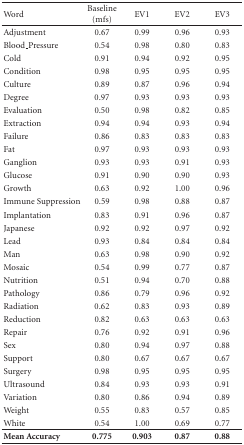
<table><thead><tr><td><b> Word</b></td><td><b>Baseline (mfs)</b></td><td><b>EV1</b></td><td><b>EV2</b></td><td><b>EV3</b></td></tr></thead><tbody><tr><td>Adjustment</td><td>0.67</td><td>0.99</td><td>0.96</td><td>0.93</td></tr><tr><td>Blood_Pressure</td><td>0.54</td><td>0.98</td><td>0.80</td><td>0.83</td></tr><tr><td>Cold</td><td>0.91</td><td>0.94</td><td>0.92</td><td>0.95</td></tr><tr><td>Condition</td><td>0.98</td><td>0.95</td><td>0.95</td><td>0.95</td></tr><tr><td>Culture</td><td>0.89</td><td>0.87</td><td>0.96</td><td>0.94</td></tr><tr><td>Degree</td><td>0.97</td><td>0.93</td><td>0.93</td><td>0.93</td></tr><tr><td>Evaluation</td><td>0.50</td><td>0.98</td><td>0.82</td><td>0.85</td></tr><tr><td>Extraction</td><td>0.94</td><td>0.94</td><td>0.93</td><td>0.94</td></tr><tr><td>Failure</td><td>0.86</td><td>0.83</td><td>0.83</td><td>0.83</td></tr><tr><td>Fat</td><td>0.97</td><td>0.93</td><td>0.93</td><td>0.93</td></tr><tr><td>Ganglion</td><td>0.93</td><td>0.93</td><td>0.91</td><td>0.93</td></tr><tr><td>Glucose</td><td>0.91</td><td>0.90</td><td>0.90</td><td>0.93</td></tr><tr><td>Growth</td><td>0.63</td><td>0.92</td><td>1.00</td><td>0.96</td></tr><tr><td>Immune Suppression</td><td>0.59</td><td>0.98</td><td>0.88</td><td>0.87</td></tr><tr><td>Implantation</td><td>0.83</td><td>0.91</td><td>0.96</td><td>0.87</td></tr><tr><td>Japanese</td><td>0.92</td><td>0.92</td><td>0.97</td><td>0.92</td></tr><tr><td>Lead</td><td>0.93</td><td>0.84</td><td>0.84</td><td>0.84</td></tr><tr><td>Man</td><td>0.63</td><td>0.98</td><td>0.90</td><td>0.92</td></tr><tr><td>Mosaic</td><td>0.54</td><td>0.99</td><td>0.77</td><td>0.87</td></tr><tr><td>Nutrition</td><td>0.51</td><td>0.94</td><td>0.70</td><td>0.88</td></tr><tr><td>Pathology</td><td>0.86</td><td>0.79</td><td>0.96</td><td>0.92</td></tr><tr><td>Radiation</td><td>0.62</td><td>0.83</td><td>0.93</td><td>0.89</td></tr><tr><td>Reduction</td><td>0.82</td><td>0.63</td><td>0.63</td><td>0.63</td></tr><tr><td>Repair</td><td>0.76</td><td>0.92</td><td>0.91</td><td>0.96</td></tr><tr><td>Sex</td><td>0.80</td><td>0.94</td><td>0.97</td><td>0.88</td></tr><tr><td>Support</td><td>0.80</td><td>0.67</td><td>0.67</td><td>0.67</td></tr><tr><td>Surgery</td><td>0.98</td><td>0.95</td><td>0.95</td><td>0.95</td></tr><tr><td>Ultrasound</td><td>0.84</td><td>0.93</td><td>0.93</td><td>0.91</td></tr><tr><td>Variation</td><td>0.80</td><td>0.86</td><td>0.94</td><td>0.89</td></tr><tr><td>Weight</td><td>0.55</td><td>0.83</td><td>0.57</td><td>0.85</td></tr><tr><td>White</td><td>0.54</td><td>1.00</td><td>0.69</td><td>0.77</td></tr><tr><td><b>Mean Accuracy</b></td><td><b>0.775</b></td><td><b>0.903</b></td><td><b>0.87</b></td><td><b>0.88</b></td></tr></tbody></table>